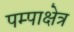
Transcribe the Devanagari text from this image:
पम्पाक्षेत्र